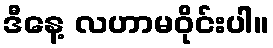
ဒီနေ့ လဟာမဝိုင်းပါ။